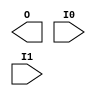
module AND2 (O, I0, I1) /* synthesis syn_black_box xc_alias="AND"*/;
    output   O;
    input    I0, I1;
endmodule
module AND3 (O, I0, I1, I2) /* synthesis syn_black_box xc_alias="AND"*/;
    output   O;
    input    I0, I1, I2;
endmodule
module AND4 (O, I0, I1, I2, I3) /* synthesis syn_black_box xc_alias="AND"*/;
    output   O;
    input    I0, I1, I2, I3;
endmodule
module AND5 (O, I0, I1, I2, I3, I4) /* synthesis syn_black_box xc_alias="AND" */;
    output   O;
    input    I0, I1, I2, I3, I4;
endmodule
module TDI(I)/*synthesis syn_black_box*/;
output I /*synthesis .ispad=1*/;
endmodule

module TCK(I)/*synthesis syn_black_box*/;
output I /*synthesis .ispad=1*/;
endmodule

module TMS(I)/*synthesis syn_black_box*/;
output I /*synthesis .ispad=1*/;
endmodule

module TDO(O) /*synthesis syn_black_box .noprune=1 */;
input  O /*synthesis .ispad=1*/;
endmodule

//
// Note: Port directions are compatable with an M1.5 patch
// available from Xilinx.
//
module MD0(I)/* synthesis syn_black_box .noprune=1 */;
output I /* synthesis .ispad=1  */;
endmodule

module MD2(I)/* synthesis syn_black_box .noprune=1 */;
output I /* synthesis .ispad=1  */;
endmodule

module MD1(O)/* synthesis syn_black_box .noprune=1 */;
input O /* synthesis  .ispad=1 */;
endmodule

module BSCAN(DRCK, IDLE, SEL1, SEL2, TDO, TCK, TDI, TDO1, TDO2, TMS) /* synthesis syn_black_box */;
  output  DRCK, IDLE, SEL1, SEL2, TDO;
  input TCK, TDI, TDO1, TDO2, TMS;
endmodule
module BUFF (O, I) /* synthesis syn_black_box xc_alias="BUF"*/;
    output   O;
    input    I;
endmodule
/* for 4000X family only */
module BUFGE(O, I) /* synthesis syn_black_box */;
    output O;
    input I;
endmodule
module BUFGLS (O, I) /* synthesis syn_black_box */;
    output   O;
    input    I ;
endmodule
module BUFG (O, I) /* synthesis syn_black_box */;
    output   O;
    input    I ;
endmodule
module BUFG_F (O, I);
    output   O;
    input    I ;

      BUFG b(O,I) /* synthesis xc_props = "FAST" */;
endmodule
module BUFGP (O, I) /* synthesis syn_black_box */;
    output   O;
    input    I ;
endmodule
module BUFGP_F (O, I);
    output   O;
    input    I ;
      BUFGP b(O,I) /* synthesis xc_props = "FAST" */;
endmodule
module BUFGS (O, I) /* synthesis syn_black_box */;
    output   O;
    input    I ;
endmodule
module BUFGS_F (O, I);
    output   O;
    input    I; 
      BUFGS b(O, I) /* synthesis xc_props = "FAST" */;
endmodule
module BUFT (O, I, T) /* synthesis syn_black_box xc_alias="TBUF"*/;
    output   O /* synthesis syn_tristate=1 */;
    input    I, T;
assign O = ~T ? I : 'bz;
endmodule
module CY4 (COUT, COUT0, A0, A1, ADD, B0, B1, C0, C1, C2, C3, C4, C5, C6, C7, CIN ) /* synthesis syn_black_box */;
    output   COUT, COUT0;
    input    A0, A1, ADD, B0, B1, C0, C1, C2, C3, C4, C5, C6, C7, CIN;
    // default unconnected input pins to 0
endmodule
module CY4_01 (C0, C1, C2, C3, C4, C5, C6, C7) /* synthesis syn_black_box .noprune=1 */;
    output   C0, C1, C2, C3, C4, C5, C6, C7;
endmodule
module CY4_02 (C0, C1, C2, C3, C4, C5, C6, C7) /* synthesis syn_black_box .noprune=1 */;
    output   C0, C1, C2, C3, C4, C5, C6, C7;
endmodule
module CY4_03 (C0, C1, C2, C3, C4, C5, C6, C7) /* synthesis syn_black_box .noprune=1 */;
    output   C0, C1, C2, C3, C4, C5, C6, C7;
endmodule
module CY4_04 (C0, C1, C2, C3, C4, C5, C6, C7) /* synthesis syn_black_box .noprune=1 */;
    output   C0, C1, C2, C3, C4, C5, C6, C7;
endmodule
module CY4_05 (C0, C1, C2, C3, C4, C5, C6, C7) /* synthesis syn_black_box .noprune=1 */;
    output   C0, C1, C2, C3, C4, C5, C6, C7;
endmodule
module CY4_06 (C0, C1, C2, C3, C4, C5, C6, C7) /* synthesis syn_black_box .noprune=1 */;
    output   C0, C1, C2, C3, C4, C5, C6, C7;
endmodule
module CY4_07 (C0, C1, C2, C3, C4, C5, C6, C7) /* synthesis syn_black_box .noprune=1 */;
    output   C0, C1, C2, C3, C4, C5, C6, C7;
endmodule
module CY4_08 (C0, C1, C2, C3, C4, C5, C6, C7) /* synthesis syn_black_box .noprune=1 */;
    output   C0, C1, C2, C3, C4, C5, C6, C7;
endmodule
module CY4_09 (C0, C1, C2, C3, C4, C5, C6, C7) /* synthesis syn_black_box .noprune=1 */;
    output   C0, C1, C2, C3, C4, C5, C6, C7;
endmodule
module CY4_10 (C0, C1, C2, C3, C4, C5, C6, C7) /* synthesis syn_black_box .noprune=1 */;
    output   C0, C1, C2, C3, C4, C5, C6, C7;
endmodule
module CY4_11 (C0, C1, C2, C3, C4, C5, C6, C7) /* synthesis syn_black_box .noprune=1 */;
    output   C0, C1, C2, C3, C4, C5, C6, C7;
endmodule
module CY4_12 (C0, C1, C2, C3, C4, C5, C6, C7) /* synthesis syn_black_box .noprune=1 */;
    output   C0, C1, C2, C3, C4, C5, C6, C7;
endmodule
module CY4_13 (C0, C1, C2, C3, C4, C5, C6, C7) /* synthesis syn_black_box .noprune=1 */;
    output   C0, C1, C2, C3, C4, C5, C6, C7;
endmodule
module CY4_14 (C0, C1, C2, C3, C4, C5, C6, C7) /* synthesis syn_black_box .noprune=1 */;
    output   C0, C1, C2, C3, C4, C5, C6, C7;
endmodule
module CY4_15 (C0, C1, C2, C3, C4, C5, C6, C7) /* synthesis syn_black_box .noprune=1 */;
    output   C0, C1, C2, C3, C4, C5, C6, C7;
endmodule
module CY4_16 (C0, C1, C2, C3, C4, C5, C6, C7) /* synthesis syn_black_box .noprune=1 */;
    output   C0, C1, C2, C3, C4, C5, C6, C7;
endmodule
module CY4_17 (C0, C1, C2, C3, C4, C5, C6, C7) /* synthesis syn_black_box .noprune=1 */;
    output   C0, C1, C2, C3, C4, C5, C6, C7;
endmodule
module CY4_18 (C0, C1, C2, C3, C4, C5, C6, C7) /* synthesis syn_black_box .noprune=1 */;
    output   C0, C1, C2, C3, C4, C5, C6, C7;
endmodule
module CY4_19 (C0, C1, C2, C3, C4, C5, C6, C7) /* synthesis syn_black_box .noprune=1 */;
    output   C0, C1, C2, C3, C4, C5, C6, C7;
endmodule
module CY4_20 (C0, C1, C2, C3, C4, C5, C6, C7) /* synthesis syn_black_box .noprune=1 */;
    output   C0, C1, C2, C3, C4, C5, C6, C7;
endmodule
module CY4_21 (C0, C1, C2, C3, C4, C5, C6, C7) /* synthesis syn_black_box .noprune=1 */;
    output   C0, C1, C2, C3, C4, C5, C6, C7;
endmodule
module CY4_22 (C0, C1, C2, C3, C4, C5, C6, C7) /* synthesis syn_black_box .noprune=1 */;
    output   C0, C1, C2, C3, C4, C5, C6, C7;
endmodule
module CY4_23 (C0, C1, C2, C3, C4, C5, C6, C7) /* synthesis syn_black_box .noprune=1 */;
    output   C0, C1, C2, C3, C4, C5, C6, C7;
endmodule
module CY4_24 (C0, C1, C2, C3, C4, C5, C6, C7) /* synthesis syn_black_box .noprune=1 */;
    output   C0, C1, C2, C3, C4, C5, C6, C7;
endmodule
module CY4_25 (C0, C1, C2, C3, C4, C5, C6, C7) /* synthesis syn_black_box .noprune=1 */;
    output   C0, C1, C2, C3, C4, C5, C6, C7;
endmodule
module CY4_26 (C0, C1, C2, C3, C4, C5, C6, C7) /* synthesis syn_black_box .noprune=1 */;
    output   C0, C1, C2, C3, C4, C5, C6, C7;
endmodule
module CY4_27 (C0, C1, C2, C3, C4, C5, C6, C7) /* synthesis syn_black_box .noprune=1 */;
    output   C0, C1, C2, C3, C4, C5, C6, C7;
endmodule
module CY4_28 (C0, C1, C2, C3, C4, C5, C6, C7) /* synthesis syn_black_box .noprune=1 */;
    output   C0, C1, C2, C3, C4, C5, C6, C7;
endmodule
module CY4_29 (C0, C1, C2, C3, C4, C5, C6, C7) /* synthesis syn_black_box .noprune=1 */;
    output   C0, C1, C2, C3, C4, C5, C6, C7;
endmodule
module CY4_30 (C0, C1, C2, C3, C4, C5, C6, C7) /* synthesis syn_black_box .noprune=1 */;
    output   C0, C1, C2, C3, C4, C5, C6, C7;
endmodule
module CY4_31 (C0, C1, C2, C3, C4, C5, C6, C7) /* synthesis syn_black_box .noprune=1 */;
    output   C0, C1, C2, C3, C4, C5, C6, C7;
endmodule
module CY4_32 (C0, C1, C2, C3, C4, C5, C6, C7) /* synthesis syn_black_box .noprune=1 */;
    output   C0, C1, C2, C3, C4, C5, C6, C7;
endmodule
module CY4_33 (C0, C1, C2, C3, C4, C5, C6, C7) /* synthesis syn_black_box .noprune=1 */;
    output   C0, C1, C2, C3, C4, C5, C6, C7;
endmodule
module CY4_34 (C0, C1, C2, C3, C4, C5, C6, C7) /* synthesis syn_black_box .noprune=1 */;
    output   C0, C1, C2, C3, C4, C5, C6, C7;
endmodule
module CY4_35 (C0, C1, C2, C3, C4, C5, C6, C7) /* synthesis syn_black_box .noprune=1 */;
    output   C0, C1, C2, C3, C4, C5, C6, C7;
endmodule
module CY4_36 (C0, C1, C2, C3, C4, C5, C6, C7) /* synthesis syn_black_box .noprune=1 */;
    output   C0, C1, C2, C3, C4, C5, C6, C7;
endmodule
module CY4_37 (C0, C1, C2, C3, C4, C5, C6, C7) /* synthesis syn_black_box .noprune=1 */;
    output   C0, C1, C2, C3, C4, C5, C6, C7;
endmodule
module CY4_38 (C0, C1, C2, C3, C4, C5, C6, C7) /* synthesis syn_black_box .noprune=1 */;
    output   C0, C1, C2, C3, C4, C5, C6, C7;
endmodule
module CY4_39 (C0, C1, C2, C3, C4, C5, C6, C7) /* synthesis syn_black_box .noprune=1 */;
    output   C0, C1, C2, C3, C4, C5, C6, C7;
endmodule
module CY4_40 (C0, C1, C2, C3, C4, C5, C6, C7) /* synthesis syn_black_box .noprune=1 */;
    output   C0, C1, C2, C3, C4, C5, C6, C7;
endmodule
module CY4_41 (C0, C1, C2, C3, C4, C5, C6, C7) /* synthesis syn_black_box .noprune=1 */;
    output   C0, C1, C2, C3, C4, C5, C6, C7;
endmodule
module CY4_42 (C0, C1, C2, C3, C4, C5, C6, C7) /* synthesis syn_black_box .noprune=1 */;
    output   C0, C1, C2, C3, C4, C5, C6, C7;
endmodule
module FDCE (Q, C, CE, CLR, D) /* synthesis syn_black_box */;
    output   Q;
    input    C, CE, CLR, D;
endmodule
module FDC (Q, C, CLR, D);
    output   Q;
    input    C, CLR, D;
      FDCE f1(Q, C, 1'b1, CLR, D);
endmodule
module FDCE_INT (Q, C, CE, CLR, D);
    output   Q;
    input    C, CE, CLR, D;
      FDCE f1(Q, C, CE, CLR, D);
endmodule
module FDPE (Q, C, CE, D, PRE) /* synthesis syn_black_box */;
    output   Q;
    input    C, CE, D, PRE;
endmodule
module FDP (Q, C, D, PRE);
    output   Q;
    input    C, D, PRE;
      FDPE f1(Q, C, 1'b1, D, PRE);
endmodule
module FDPE_INT (Q, C, CE, D, PRE);
    output   Q;
    input    C, CE, D, PRE;
      FDPE f1(Q, C, CE, D, PRE);
endmodule
module FMAP (I1, I2, I3, I4, O) /* synthesis syn_black_box */;
    input    I1, I2, I3, I4;
    output   O;
endmodule
module FMAP_PUC (I1, I2, I3, I4, O) /* synthesis syn_black_box xc_alias="FMAP" xc_props="MAP=PUC"*/;
    input    I1, I2, I3, I4;
    output   O;
endmodule
module FMAP_PLC (I1, I2, I3, I4, O) /* synthesis syn_black_box xc_alias="FMAP" xc_props="MAP=PLC"*/;
    input    I1, I2, I3, I4;
    output   O;
endmodule
module FMAP_PUO (I1, I2, I3, I4, O) /* synthesis syn_black_box xc_alias="FMAP" xc_props="MAP=PUO"*/;
    input    I1, I2, I3, I4;
    output   O;
endmodule
module FMAP_PLO (I1, I2, I3, I4, O) /* synthesis syn_black_box xc_alias="FMAP" xc_props="MAP=PLO"*/;
    input    I1, I2, I3, I4;
    output   O;
endmodule
module HMAP (I1, I2, I3, O) /* synthesis syn_black_box */;
    input    I1, I2, I3;
    output  O;
endmodule
module HMAP_PUC (I1, I2, I3, O) /* synthesis syn_black_box xc_alias="HMAP" xc_props="MAP=PUC"*/;
    input    I1, I2, I3;
    output  O;
endmodule
module IBUF (O, I) /* synthesis syn_black_box */; 
      output   O;
      input    I /* synthesis .ispad=1 */;
endmodule
module IBUF_U (O, I) /* synthesis syn_black_box xc_alias="IBUF" xc_props="UNBONDED"*/; 
      output   O;
      input    I /* synthesis .ispad=1 */;
endmodule
module IBUF_CMOS (O, I) /* synthesis syn_black_box xc_alias="IBUF" xc_props="CMOS"*/; 
      output   O;
      input    I /* synthesis .ispad=1 */;
endmodule
module IBUF_TTL (O, I) /* synthesis syn_black_box xc_alias="IBUF" xc_props="TTL"*/; 
      output   O;
      input    I /* synthesis .ispad=1 */;
endmodule
module IFD (Q, C, D)    /* synthesis xc_padmacro=1 */;
    output   Q;
    input    C;
    input    D /* synthesis .ispad=1 */;
      IFDX if1(Q, C, 1'b1, D);
endmodule
module IFD_F (Q, C, D)  /* synthesis xc_padmacro=1 */;
    output   Q;
    input    C;
    input    D /* synthesis .ispad=1 */;
      IFDX if1(Q, C, 1'b1, D) /* synthesis xc_props = "NODELAY" */;
endmodule
module IFD_U (Q, C, D) /* synthesis xc_padmacro=1 xc_props="UNBONDED" */;
    output   Q;
    input    C;
    input    D /* synthesis .ispad=1 */;
      IFDX if1(Q, C, 1'b1, D);
endmodule
module IFD_INT (Q, C, D)      /* synthesis xc_padmacro=1 */;
    output   Q;
    input    C;
    input D /* synthesis .ispad=1 */;
      IFDX if1(Q, C, 1'b1, D);
endmodule
module IFDI (Q, C, D)   /* synthesis xc_padmacro=1 */;
    output   Q;
    input    C;
    input D /* synthesis .ispad=1 */;
      IFDXI ifi1(Q, C, 1'b1, D);
endmodule
module IFDI_F (Q, C, D) /* synthesis xc_padmacro=1 */;
    output   Q;
    input    C;
    input D /* synthesis .ispad=1 */;
      IFDXI ifi1(Q, C, 1'b1, D) /* synthesis xc_props="NODELAY"*/;
endmodule
module IFDI_U (Q, C, D) /* synthesis xc_padmacro=1 xc_props="UNBONDED"*/;
    output   Q;
    input    C;
    input D /* synthesis .ispad=1 */;
      IFDXI ifi1(Q, C, 1'b1, D);
endmodule
module IFDI_INT (Q, C, D)     /* synthesis xc_padmacro=1 */;
    output   Q;
    input    C;
    input   D /* synthesis .ispad=1 */;
      IFDXI ifi1(Q, C, 1'b1, D);
endmodule
module IFDX (Q, C, CE, D) /* synthesis syn_black_box */;
    output Q;
      input C;
      input CE;
      input D /* synthesis .ispad= 1 */;
endmodule
module IFDXI (Q, C, CE, D) /* synthesis syn_black_box */;
    output Q;
      input C;
      input CE;
      input D /* synthesis .ispad= 1 */;
endmodule
module ILD_1 (Q, D, G)  /* synthesis xc_padmacro=1 */;
    output   Q;
    input    G;
    input    D /* synthesis .ispad=1 */;
      ILDX_1 il1(Q, D, G, 1'b1);
endmodule
module ILD_1F (Q, D, G) /* synthesis xc_padmacro=1 xc_props="NODELAY"*/;
    output   Q;
    input    G;
    input    D /* synthesis .ispad=1 */;
      ILDX_1 il1(Q, D, G, 1'b1);
endmodule
module ILD_1U (Q, D, G) /* synthesis xc_padmacro=1 xc_props="UNBONDED"*/;
    output   Q;
    input    G;
    input    D /* synthesis .ispad=1 */;
      ILDX_1 il1(Q, D, G, 1'b1);
endmodule
module ILD_1_INT (Q, D, G)    /* synthesis xc_padmacro=1 */;
    output   Q;
    input    G;
    input    D /* synthesis .ispad=1 */;
      ILDX_1 il1(Q, D, G, 1'b1);
endmodule
module ILDI_1 (Q, D, G)       /* synthesis xc_padmacro=1 */;
    output   Q;
    input    G;
    input    D /* synthesis .ispad=1 */;
      ILDXI_1 ili1(Q, D, G, 1'b1);
endmodule
module ILDI_1F (Q, D, G) /* synthesis xc_padmacro=1 xc_props="NODELAY"*/;
    output   Q;
    input    G;
    input    D /* synthesis .ispad=1 */;
      ILDXI_1 ili1(Q, D, G, 1'b1);
endmodule
module ILDI_1U (Q, D, G) /* synthesis xc_padmacro=1 xc_props="UNBONDED"*/;
    output   Q;
    input    G;
    input    D /* synthesis .ispad=1 */;
      ILDXI_1 ili1(Q, D, G, 1'b1);
endmodule
module ILDI_1_INT (Q, D, G)   /* synthesis xc_padmacro=1 */;
    output   Q;
    input    G;
    input    D /* synthesis .ispad=1 */;
      ILDXI_1 ili1(Q, D, G, 1'b1);
endmodule
module ILDX_1 (Q, D, G, GE) /* synthesis syn_black_box */;
    output   Q;
      input    G;
      input    GE;
      input    D /* synthesis .ispad=1 */;
endmodule
module ILDXI_1 (Q, D, G, GE) /* synthesis syn_black_box */;
    output   Q;
      input    G;
      input    GE;
      input    D /* synthesis .ispad=1 */;
endmodule
// For Spartan-xl and 4000X only
module ILFFX (Q, D, GF, CE, C) /* synthesis syn_black_box */;
    output   Q;
    input    D /* synthesis .ispad = 1 */;
    input   GF;
    input   CE;
    input    C;
endmodule
// For Spartan-xl and 4000X only
module ILFFXI (Q, D, GF, CE, C) /* synthesis syn_black_box */;
    output   Q;
    input    D /* synthesis .ispad = 1 */;
    input   GF;
    input   CE;
    input    C;
endmodule
// For Spartan-xl and 4000X only
module ILFLX_1 (Q, D, GF, GE, G) /* synthesis syn_black_box */;
    output   Q;
    input    D /* synthesis .ispad = 1 */;
    input   GF;
    input   GE;
    input    G;
endmodule
// For Spartan-xl and 4000X only
module ILFLXI_1 (Q, D, GF, GE, G) /* synthesis syn_black_box */;
    output   Q;
    input    D /* synthesis .ispad = 1 */;
    input   GF;
    input   GE;
    input    G;
endmodule
// For Spartan-xl and 4000X only
module ILFLX (Q, D, GF, GE, G) /* synthesis xc_padmacro=1 */;
    output   Q;
    input    D /* synthesis .ispad = 1 */;
    input   GF;
    input   GE;
    input    G;
        ILFLX_1 ilflx1(.Q(Q), .D(D), .GF(GF), .GE(GE), .G(~G));
endmodule
module LDCE_1 (Q, CLR, D, G, GE) /* synthesis syn_black_box */;
    output Q;
    input CLR;
    input D;
    input G;
    input GE;
endmodule
module INV (O, I) /* synthesis syn_black_box */;
    output   O;
    input    I;
endmodule
module NAND2 (O, I0, I1) /* synthesis syn_black_box xc_alias="NAND" */;
    output   O;
    input    I0, I1;
endmodule
module NAND3 (O, I0, I1, I2) /* synthesis syn_black_box xc_alias="NAND" */;
    output   O;
    input    I0, I1, I2;
endmodule
module NAND4 (O, I0, I1, I2, I3) /* synthesis syn_black_box xc_alias="NAND"*/;
    output   O;
    input    I0, I1, I2, I3;
endmodule
module NAND5 (O, I0, I1, I2, I3, I4) /* synthesis syn_black_box xc_alias="NAND"*/;
    output   O;
    input    I0, I1, I2, I3, I4;
endmodule
module NOR2 (O, I0, I1) /* synthesis syn_black_box xc_alias="NOR"*/;
    output   O;
    input    I0, I1;
endmodule
module NOR3 (O, I0, I1, I2) /* synthesis syn_black_box xc_alias="NOR" */;
    output   O;
    input    I0, I1, I2;
endmodule
module NOR4 (O, I0, I1, I2, I3) /* synthesis syn_black_box xc_alias="NOR" */;
    output   O;
    input    I0, I1, I2, I3;
endmodule
module NOR5 (O, I0, I1, I2, I3, I4) /* synthesis syn_black_box xc_alias="NOR"*/;
    output   O;
    input    I0, I1, I2, I3, I4;
endmodule
module OBUF (O, I) /* synthesis syn_black_box */;
    output   O /* synthesis .ispad=1 */;
    input    I;
endmodule
module OBUF_F (O, I) /* synthesis syn_black_box xc_alias="OBUF" xc_props="FAST"*/;
    output   O /* synthesis .ispad=1 */;
    input    I;
endmodule
module OBUF_S (O, I) /* synthesis syn_black_box xc_alias="OBUF" xc_props="SLOW"*/;
    output   O /* synthesis .ispad=1 */;
    input    I;
endmodule
module OBUF_U (O, I) /* synthesis syn_black_box xc_alias="OBUF" xc_props="UNBONDED"*/;
    output   O /* synthesis .ispad=1 */;
    input    I;
endmodule
module OBUF_MF (O, I) /* synthesis syn_black_box xc_alias="OBUF" xc_props="MEDFAST"*/;
    output   O /* synthesis .ispad=1 */;
    input    I;
endmodule
module OBUF_MS (O, I) /* synthesis syn_black_box xc_alias="OBUF" xc_props="MEDSLOW"*/;
    output   O /* synthesis .ispad=1 */;
    input    I;
endmodule
module OBUF_CMOSCAP (O, I) /* synthesis syn_black_box xc_alias="OBUF" xc_props="CMOS, CAP"*/;
    output   O /* synthesis .ispad=1 */;
    input    I;
endmodule
module OBUF_CMOSRES (O, I) /* synthesis syn_black_box xc_alias="OBUF" xc_props="CMOS, RES"*/;
    output   O /* synthesis .ispad=1 */;
    input    I;
endmodule
module OBUF_TTLCAP (O, I) /* synthesis syn_black_box xc_alias="OBUF" xc_props="TTL, CAP"*/;
    output   O /* synthesis .ispad=1 */;
    input    I;
endmodule
module OBUF_TTLRES (O, I) /* synthesis syn_black_box xc_alias="OBUF" xc_props="TTL, RES"*/;
    output   O /* synthesis .ispad=1 */;
    input    I;
endmodule
module OBUF_INT (O, I) /* synthesis syn_black_box xc_alias="OBUF" */;
    output   O /* synthesis .ispad=1 */;
    input    I;
endmodule
module OBUFT (O, I, T) /* synthesis syn_black_box */;
    output   O /* synthesis .ispad=1 syn_tristate=1 */;
    input    I, T;
endmodule
module OBUFT_F (O, I, T) /* synthesis syn_black_box xc_alias="OBUFT" xc_props="FAST"*/;
    output   O /* synthesis .ispad=1 syn_tristate=1 */;
    input    I, T;
endmodule
module IOBUF_N_F (O, IO, I, T);
    output O;
    inout IO /* synthesis .ispad=1 */;
    input I,T;

    OBUFT_F i0 (IO, I, T);
    IBUF i1 (O, IO);
endmodule
module OBUFT_S (O, I, T) /* synthesis syn_black_box xc_alias="OBUFT" xc_props="SLOW"*/;
    output   O /* synthesis .ispad=1 syn_tristate=1 */;
    input    I, T;
endmodule
module IOBUF (O, IO, I, T);
    output O;
    inout IO /* synthesis .ispad=1 */;
    input I,T;

    OBUFT_S i0 (IO, I, T);
    IBUF i1 (O, IO);
endmodule
module IOBUF_N_S (O, IO, I, T);
    output O;
    inout IO /* synthesis .ispad=1 */;
    input I,T;

    OBUFT_S i0 (IO, I, T);
    IBUF i1 (O, IO);
endmodule
module OBUFT_U (O, I, T) /* synthesis syn_black_box xc_alias="OBUFT" xc_props="UNBONDED"*/;
    output   O /* synthesis .ispad=1 syn_tristate=1 */;
    input    I, T;
endmodule
module OBUFT_MF (O, I, T) /* synthesis syn_black_box xc_alias="OBUFT" xc_props="MEDFAST"*/;
    output   O /* synthesis .ispad=1 syn_tristate=1 */;
    input    I, T;
endmodule
module IOBUF_N_MF (O, IO, I, T);
    output O;
    inout IO /* synthesis .ispad=1 */;
    input I,T;

    OBUFT_MF i0 (IO, I, T);
    IBUF i1 (O, IO);
endmodule
module OBUFT_MS  (O, I, T) /* synthesis syn_black_box xc_alias="OBUFT" xc_props="MEDSLOW"*/;
    output   O /* synthesis .ispad=1 syn_tristate=1 */;
    input    I, T;
endmodule
module IOBUF_N_MS (O, IO, I, T);
    output O;
    inout IO /* synthesis .ispad=1 */;
    input I,T;

    OBUFT_MS i0 (IO, I, T);
    IBUF i1 (O, IO);
endmodule
module OBUFT_CMOSCAP (O, I, T) /* synthesis syn_black_box xc_alias="OBUFT" xc_props="CMOS, CAP"*/;
    output   O /* synthesis .ispad=1 syn_tristate=1 */;
    input    I, T;
endmodule
module IOBUF_CMOS_CMOSCAP (O, IO, I, T);
    output O;
    inout IO /* synthesis .ispad=1 */;
    input I,T;

    OBUFT_CMOSCAP i0 (IO, I, T);
    IBUF_CMOS i1 (O, IO);
endmodule
module OBUFT_CMOSRES (O, I, T) /* synthesis syn_black_box xc_alias="OBUFT" xc_props="CMOS, RES"*/;
    output   O /* synthesis .ispad=1 syn_tristate=1 */;
    input    I, T;
endmodule
module IOBUF_CMOS_CMOSRES (O, IO, I, T);
    output O;
    inout IO /* synthesis .ispad=1 */;
    input I,T;

    OBUFT_CMOSRES i0 (IO, I, T);
    IBUF_CMOS i1 (O, IO);
endmodule
module OBUFT_TTLCAP (O, I, T) /* synthesis syn_black_box xc_alias="OBUFT" xc_props="TTL, CAP"*/;
    output   O /* synthesis .ispad=1 syn_tristate=1 */;
    input    I, T;
endmodule
module IOBUF_TTL_TTLCAP (O, IO, I, T);
    output O;
    inout IO /* synthesis .ispad=1 */;
    input I,T;

    OBUFT_TTLCAP i0 (IO, I, T);
    IBUF_TTL i1 (O, IO);
endmodule
module IOBUF_TTL_CMOSCAP (O, IO, I, T);
    output O;
    inout IO /* synthesis .ispad=1 */;
    input I,T;

    OBUFT_CMOSCAP i0 (IO, I, T);
    IBUF_TTL i1 (O, IO);
endmodule
module OBUFT_TTLRES (O, I, T) /* synthesis syn_black_box xc_alias="OBUFT" xc_props="TTL, RES"*/;
    output   O /* synthesis .ispad=1 syn_tristate=1 */;
    input    I, T;
endmodule
module IOBUF_TTL_TTLRES (O, IO, I, T);
    output O;
    inout IO /* synthesis .ispad=1 */;
    input I,T;

    OBUFT_TTLRES i0 (IO, I, T);
    IBUF_TTL i1 (O, IO);
endmodule
module IOBUF_TTL_CMOSRES (O, IO, I, T);
    output O;
    inout IO /* synthesis .ispad=1 */;
    input I,T;

    OBUFT_CMOSRES i0 (IO, I, T);
    IBUF_TTL i1 (O, IO);
endmodule
module OBUFT_INT (O, I, T) /* synthesis syn_black_box xc_alias="OBUFT" */;
    output   O /* synthesis .ispad=1 syn_tristate=1 */;
    input    I, T;
endmodule
module OFD (Q, C, D)    /* synthesis xc_padmacro=1 */;
    output   Q /* synthesis .ispad=1 */;
    input    C, D;
      OFDX of1(Q, C, 1'b1, D);
endmodule
module OFD_F (Q, C, D)  /* synthesis xc_padmacro=1 */;
    output   Q /* synthesis .ispad=1 */;
    input    C, D;
      OFDX of1(Q, C, 1'b1, D) /* synthesis xc_props="FAST"*/;
endmodule
module OFD_FU (Q, C, D) /* synthesis xc_padmacro=1 */;
    output   Q /* synthesis .ispad=1 */;
    input    C, D;
      OFDX of1(Q, C, 1'b1, D) /* synthesis xc_props="FAST, UNBONDED"*/;
endmodule
module OFD_S (Q, C, D)  /* synthesis xc_padmacro=1 */;
    output   Q /* synthesis .ispad=1 */;
    input    C, D;
      OFDX of1(Q, C, 1'b1, D) /* synthesis xc_props="SLOW"*/;
endmodule
module OFD_U (Q, C, D)  /* synthesis xc_padmacro=1 */;
    output   Q /* synthesis .ispad=1 */;
    input    C, D;
      OFDX of1(Q, C, 1'b1, D) /* synthesis xc_props="UNBONDED"*/;
endmodule
module OFD_MF (Q, C, D) /* synthesis xc_padmacro=1 */;
    output   Q /* synthesis .ispad=1 */;
    input    C, D;
      OFDX of1(Q, C, 1'b1, D) /* synthesis xc_props="MEDFAST"*/;
endmodule
module OFD_MS (Q, C, D) /* synthesis xc_padmacro=1 */;
    output   Q /* synthesis .ispad=1 */;
    input    C, D;
      OFDX of1(Q, C, 1'b1, D) /* synthesis xc_props="MEDSLOW"*/;
endmodule
module OFD_INT (Q, C, D)      /* synthesis xc_padmacro=1 */;
    output   Q /* synthesis .ispad=1 */;
    input    C, D;
      OFDX of1(Q, C, 1'b1, D);
endmodule
module OFDI (Q, C, D)   /* synthesis xc_padmacro=1 */;
    output   Q /* synthesis .ispad=1 */;
    input    C, D;
      OFDXI ofi1(Q, C, 1'b1, D);
endmodule
module OFDI_F (Q, C, D) /* synthesis xc_padmacro=1 */;
    output   Q /* synthesis .ispad=1 */;
    input    C, D;
      OFDXI ofi1(Q, C, 1'b1, D) /* synthesis xc_props="FAST"*/;
endmodule
module OFDI_S (Q, C, D) /* synthesis xc_padmacro=1 */;
    output   Q /* synthesis .ispad=1 */;
    input    C, D;
      OFDXI ofi1(Q, C, 1'b1, D) /* synthesis xc_props="SLOW"*/;
endmodule
module OFDI_MF (Q, C, D)      /* synthesis xc_padmacro=1 */;
    output   Q /* synthesis .ispad=1 */;
    input    C, D;
      OFDXI ofi1(Q, C, 1'b1, D) /* synthesis xc_props="MEDFAST"*/;
endmodule
module OFDI_MS (Q, C, D)      /* synthesis xc_padmacro=1 */;
    output   Q /* synthesis .ispad=1 */;
    input    C, D;
      OFDXI ofi1(Q, C, 1'b1, D) /* synthesis xc_props="MEDSLOW"*/;
endmodule
module OFDI_U (Q, C, D) /* synthesis xc_padmacro=1 */;
    output   Q /* synthesis .ispad=1 */;
    input    C, D;
      OFDXI ofi1(Q, C, 1'b1, D) /* synthesis xc_props="UNBONDED"*/;
endmodule
module OFDI_INT (Q, C, D)     /* synthesis xc_padmacro=1 */;
    output   Q /* synthesis .ispad=1 */;
    input    C, D;
      OFDXI ofi1(Q, C, 1'b1, D);
endmodule
module OFDT (O, C, D, T)      /* synthesis xc_padmacro=1 */;
    output   O /* synthesis .ispad=1 */;
    input    C, D, T;
      OFDTX oft1(O, C, 1'b1, D, T);
endmodule
module OFDT_F (O, C, D, T)    /* synthesis xc_padmacro=1 */;
    output   O /* synthesis .ispad=1 */;
    input    C, D, T;
      OFDTX oft1(O, C, 1'b1, D, T) /* synthesis xc_props="FAST"*/;
endmodule
module OFDT_S (O, C, D, T)    /* synthesis xc_padmacro=1 */;
    output   O /* synthesis .ispad=1 */;
    input    C, D, T;
      OFDTX oft1(O, C, 1'b1, D, T) /* synthesis xc_props="SLOW"*/;
endmodule
module OFDT_MF (O, C, D, T)   /* synthesis xc_padmacro=1 */;
    output   O /* synthesis .ispad=1 */;
    input    C, D, T;
      OFDTX oft1(O, C, 1'b1, D, T) /* synthesis xc_props="MEDFAST"*/;
endmodule
module OFDT_MS (O, C, D, T)   /* synthesis xc_padmacro=1 */;
    output   O /* synthesis .ispad=1 */;
    input    C, D, T;
      OFDTX oft1(O, C, 1'b1, D, T) /* synthesis xc_props="MEDSLOW"*/;
endmodule
module OFDT_U (O, C, D, T)    /* synthesis xc_padmacro=1 */;
    output   O /* synthesis .ispad=1 */;
    input    C, D, T;
      OFDTX oft1(O, C, 1'b1, D, T) /* synthesis xc_props="UNBONDED"*/;
endmodule
module OFDT_INT (O, C, D, T)  /* synthesis xc_padmacro=1 */;
    output   O /* synthesis .ispad=1 */;
    input    C, D, T;
      OFDTX oft1(O, C, 1'b1, D, T);
endmodule
module OFDTI (O, C, D, T)     /* synthesis xc_padmacro=1 */;
    output   O /* synthesis .ispad=1 */;
    input    C, D, T;
      OFDTXI ofti1(O, C, 1'b1, D, T);
endmodule
module OFDTI_F (O, C, D, T)   /* synthesis xc_padmacro=1 */;
    output   O /* synthesis .ispad=1 */;
    input    C, D, T;
      OFDTXI ofti1(O, C, 1'b1, D, T) /* synthesis xc_props="FAST"*/;
endmodule
module OFDTI_S (O, C, D, T)   /* synthesis xc_padmacro=1 */;
    output   O /* synthesis .ispad=1 */;
    input    C, D, T;
      OFDTXI ofti1(O, C, 1'b1, D, T)/* synthesis xc_props="SLOW"*/;
endmodule
module OFDTI_U (O, C, D, T)   /* synthesis xc_padmacro=1 */;
    output   O /* synthesis .ispad=1 */;
    input    C, D, T;
      OFDTXI ofti1(O, C, 1'b1, D, T) /* synthesis xc_props="UNBONDED"*/;
endmodule
module OFDTI_MF (O, C, D, T)  /* synthesis xc_padmacro=1 */;
    output   O /* synthesis .ispad=1 */;
    input    C, D, T;
      OFDTXI ofti1(O, C, 1'b1, D, T) /* synthesis xc_props="MEDFAST"*/;
endmodule
module OFDTI_MS (O, C, D, T)  /* synthesis xc_padmacro=1 */;
    output   O /* synthesis .ispad=1 */;
    input    C, D, T;
      OFDTXI ofti1(O, C, 1'b1, D, T)  /* synthesis xc_props="MEDSLOW"*/;
endmodule
module OFDTI_INT (O, C, D, T) /* synthesis xc_padmacro=1 */;
    output   O /* synthesis .ispad=1 */;
    input    C, D, T;
      OFDTXI ofti1(O, C, 1'b1, D, T);
endmodule
module OFDTX (O, C, CE, D, T) /* synthesis syn_black_box */;
    output   O /* synthesis .ispad=1 syn_tristate=1 */;
    input    C, CE, D, T;
endmodule
module OFDTXI (O, C, CE, D, T) /* synthesis syn_black_box */;
    output   O /* synthesis .ispad=1 syn_tristate=1 */;
    input    C, CE, D, T;
endmodule
module OFDX ( Q, C, CE, D) /* synthesis syn_black_box */;
    output   Q /* synthesis .ispad=1 */;
      input    C;
      input    CE;
      input    D;
endmodule
module OFDXI ( Q, C, CE, D) /* synthesis syn_black_box */;
    output   Q /* synthesis .ispad=1 */;
      input    C;
      input    CE;
      input    D;
endmodule
module OR2 (O, I0, I1) /* synthesis syn_black_box xc_alias="OR"*/;
    output   O;
    input    I0, I1;
endmodule
module OR3 (O, I0, I1, I2) /* synthesis syn_black_box xc_alias="OR" */;
    output   O;
    input    I0, I1, I2;
endmodule
module OR4 (O, I0, I1, I2, I3) /* synthesis syn_black_box xc_alias="OR" */;
    output   O;
    input    I0, I1, I2, I3;
endmodule
module OR5 (O, I0, I1, I2, I3, I4) /* synthesis syn_black_box xc_alias="OR" */;
    output   O;
    input    I0, I1, I2, I3, I4;
endmodule
module OSC4 (F8M, F500K, F16K, F490, F15) /* synthesis syn_black_box .noprune=1 */;
  output     F8M, F500K, F16K, F490, F15;
endmodule
module PULLDOWN(O) /* synthesis syn_black_box .noprune=1 */;
output O /* synthesis syn_not_a_driver=1 */;
endmodule
module PULLDOWN1 (O) /* synthesis .noprune=1 */;
output O;
 PULLDOWN p(O);
endmodule
module PULLUP(O) /* synthesis syn_black_box .noprune=1 */;
output O /* synthesis syn_not_a_driver=1 */;
endmodule
module PULLUP1 (O) /* synthesis .noprune=1 */;
output O;
 PULLUP p(O);
endmodule
// Only applicable for XC4000E, XC4000X families
module RAM16X1 (O, A0, A1, A2, A3, D, WE) /* synthesis syn_black_box */;
  output   O;
  input    A0, A1, A2, A3, D, WE;
endmodule
// Only applicable for XC4000E, XC4000X families
module RAM32X1 (O, A0, A1, A2, A3, A4, D, WE) /* synthesis syn_black_box */;
  output   O;
  input    A0, A1, A2, A3, A4, D, WE;
endmodule
module RAM16X1D (A3,A2,A1,A0,DPRA3,DPRA2,DPRA1,DPRA0,D,DPO,SPO,WE,WCLK ); // synthesis syn_black_box xc_alias="RAMD"
input D,A3,A2,A1,A0,DPRA3,DPRA2,DPRA1,DPRA0,WE,WCLK;
output DPO,SPO;
endmodule
module RDBK(DATA, RIP, TRIG) /* synthesis syn_black_box */;
  output DATA, RIP;
  input  TRIG;
endmodule
module READBACK(DATA, RIP, CLK, TRIG)/* synthesis .noprune=1 */;
  output DATA, RIP;
  input  CLK, TRIG;
  RDBK r1(.DATA(DATA), .RIP(RIP), .TRIG(TRIG));
  RDCLK r2(.I(CLK));
endmodule
module RDCLK(I) /* synthesis syn_black_box .noprune=1 */;
  input I;
endmodule
module ROM16X1 (O, A0, A1, A2, A3) /* synthesis syn_black_box */;
  output   O;
  input    A0, A1, A2, A3;
endmodule
module ROM32X1 (O, A0, A1, A2, A3, A4) /* synthesis syn_black_box */;
  output   O;
  input    A0, A1, A2, A3, A4;
endmodule
module STARTUP_CLK (CLK, Q2, Q3, Q1Q4, DONEIN) 
/* synthesis syn_black_box .noprune=1 xc_alias="STARTUP"*/ ;
    output   Q2, Q3, Q1Q4, DONEIN;
    input  CLK;
endmodule
module STARTUP_GSR (GSR) /* synthesis syn_black_box .noprune=1 */;
    input  GSR;
endmodule
module STARTUP_GTS (GTS) /* synthesis syn_black_box .noprune=1 xc_alias="STARTUP"*/;
    input  GTS;
endmodule
module STARTUP_ALL(Q2,Q3,Q1Q4,DONEIN, GSR,GTS,CLK)
/* synthesis syn_black_box .noprune=1 xc_alias="STARTUP" */ ;
output Q2,Q3, Q1Q4, DONEIN;
input GSR /* synthesis syn_defaultvalue=0 */,
      GTS /* synthesis syn_defaultvalue=0 */,
      CLK /* synthesis syn_defaultvalue=0 */;
endmodule
module STARTUP(Q2,Q3,Q1Q4,DONEIN, GSR,GTS,CLK)
/* synthesis .noprune=1 */;
output Q2,Q3, Q1Q4, DONEIN;
input GSR /* synthesis syn_defaultvalue=0 */,
      GTS /* synthesis syn_defaultvalue=0 */,
      CLK /* synthesis syn_defaultvalue=0 */;
STARTUP_GSR gsr( GSR );
STARTUP_GTS gts( GTS );
STARTUP_CLK clk(.CLK(CLK), .Q2(Q2), .Q3(Q3), .Q1Q4(Q1Q4), .DONEIN(DONEIN));
endmodule
module WAND1 (O, I) /* synthesis syn_black_box xc_alias="WAND"*/;
  output   O /* synthesis syn_tristate=1 */;
  input    I;
endmodule
module DECODE1_IO (O, I) /* synthesis xc_props="DECODE"*/;
  inout   O;
  input    I;
  WAND1 i1 (O, I);
endmodule
module DECODE1_INT (O, I) /* synthesis xc_props="DECODE"*/;
  inout   O;
  input    I;
  WAND1 i1 (O, I);
endmodule
module DECODE4 (O, A) /* synthesis xc_props="DECODE" */;
  inout O;
  input [3:0] A;
  WAND1 i0 (O, A[0]);
  WAND1 i1 (O, A[1]);
  WAND1 i2 (O, A[2]);
  WAND1 i3 (O, A[3]);
endmodule
module DECODE8 (O, A) /* synthesis xc_props="DECODE" */;
  inout O;
  input [7:0] A;
  WAND1 i0 (O, A[0]);
  WAND1 i1 (O, A[1]);
  WAND1 i2 (O, A[2]);
  WAND1 i3 (O, A[3]);
  WAND1 i4 (O, A[4]);
  WAND1 i5 (O, A[5]);
  WAND1 i6 (O, A[6]);
  WAND1 i7 (O, A[7]);
endmodule
module DECODE16 (O, A) /* synthesis xc_props="DECODE" */;
  inout O;
  input [15:0] A;
  WAND1 i0 (O, A[0]);
  WAND1 i1 (O, A[1]);
  WAND1 i2 (O, A[2]);
  WAND1 i3 (O, A[3]);
  WAND1 i4 (O, A[4]);
  WAND1 i5 (O, A[5]);
  WAND1 i6 (O, A[6]);
  WAND1 i7 (O, A[7]);
  WAND1 i8 (O, A[8]);
  WAND1 i9 (O, A[9]);
  WAND1 i10 (O, A[10]);
  WAND1 i11 (O, A[11]);
  WAND1 i12 (O, A[12]);
  WAND1 i13 (O, A[13]);
  WAND1 i14 (O, A[14]);
  WAND1 i15 (O, A[15]);
endmodule
module WOR2AND (O, I0, I1) /* synthesis syn_black_box xc_alias="WORAND"*/;
  output   O;
  input    I0, I1;
endmodule
module XGND(GROUND) /* synthesis syn_black_box .noprune=1 xc_alias="GND"*/;
  output GROUND;
endmodule
module XNOR2 (O, I0, I1) /* synthesis syn_black_box xc_alias="XNOR"*/;
    output   O;
    input    I0, I1;
endmodule
module XNOR3 (O, I0, I1, I2) /* synthesis syn_black_box xc_alias=XNOR"*/;
    output   O;
    input    I0, I1, I2;
endmodule
module XNOR4 (O, I0, I1, I2, I3) /* synthesis syn_black_box xc_alias="XNOR"*/;
    output   O;
    input    I0, I1, I2, I3;
endmodule
module XNOR5 (O, I0, I1, I2, I3, I4) /* synthesis syn_black_box xc_alias="XNOR"*/;
    output   O;
    input    I0, I1, I2, I3, I4;
endmodule
module XOR2 (O, I0, I1) /* synthesis syn_black_box xc_alias="XOR"*/;
    output   O;
    input    I0, I1;
endmodule
module XOR3 (O, I0, I1, I2) /* synthesis syn_black_box xc_alias="XOR"*/;
    output   O;
    input    I0, I1, I2;
endmodule
module XOR4 (O, I0, I1, I2, I3) /* synthesis syn_black_box xc_alias="XOR"*/;
    output   O;
    input    I0, I1, I2, I3;
endmodule
module XOR5 (O, I0, I1, I2, I3, I4) /* synthesis syn_black_box xc_alias="XOR"*/;
    output   O;
    input    I0, I1, I2, I3, I4;
endmodule
module XVCC(POWER) /* synthesis syn_black_box .noprune=1 xc_alias="VCC"*/;
  output POWER;
endmodule
module FDP_1 (Q, C, D, PRE) ;
    output   Q;
    input    C, D, PRE;
      FDPE f1(.Q(Q), .C(~C), .CE(1'b1), .D(D), .PRE(PRE));
endmodule
module FDPE_1 (Q, C, CE, D, PRE);
    output   Q;
    input    C, CE, D, PRE;
      FDPE f1(.Q(Q), .C(~C), .CE(CE), .D(D), .PRE(PRE));
endmodule
module IFD_1 (Q, C, D)  /* synthesis xc_padmacro=1 */;
    output   Q;
    input    C;
    input    D /* synthesis .ispad=1 */;
      IFDX if1 (.Q(Q), .C(~C), .CE(1'b1), .D(D));
endmodule
module IFDX_F (Q, C, D, CE)   /* synthesis xc_padmacro=1 */;
    output   Q;
    input    C, CE;
    input    D /* synthesis .ispad=1 */;
      IFDX if1 (.Q(Q), .C(C), .CE(CE), .D(D)) /* synthesis xc_props="NODELAY"*/;
endmodule
module IFDX_1 (Q, C, D, CE)   /* synthesis xc_padmacro=1 */;
    output   Q;
    input    C, CE;
    input    D /* synthesis .ispad=1 */;
      IFDX if1 (.Q(Q), .C(~C), .CE(CE), .D(D));
endmodule
module IFDXI_F (Q, CE, C, D)  /* synthesis xc_padmacro=1 */;
    output   Q;
    input    C, CE;
    input D /* synthesis .ispad=1 */;
      IFDXI ifi1 (.Q(Q), .C(C), .CE(CE), .D(D)) /* synthesis xc_props="NODELAY"*/;
endmodule
module IFDXI_1 (Q, CE, C, D)  /* synthesis xc_padmacro=1 */;
    output   Q;
    input    C, CE;
    input D /* synthesis .ispad=1 */;
      IFDXI ifi1 (.Q(Q), .C(~C), .CE(CE), .D(D));
endmodule
module ILD (Q, D, G)    /* synthesis xc_padmacro=1 */;
    output   Q;
    input    G;
    input    D /* synthesis .ispad=1 */;
      ILDX_1 il1( .Q(Q), .D(D), .G(~G), .GE(1'b1) );
endmodule
module ILDX (Q, D, GE, G)     /* synthesis xc_padmacro=1 */;
    output   Q;
    input    G, GE;
    input    D /* synthesis .ispad=1 */;
      ILDX_1 il1( .Q(Q), .D(D), .G(~G), .GE(GE) );
endmodule
module ILDXI (Q, D, GE, G)    /* synthesis xc_padmacro=1 */;
    output   Q;
    input    G, GE;
    input    D /* synthesis .ispad=1 */;
      ILDXI_1 ili1(.Q(Q), .D(D), .G(~G), .GE(GE));
endmodule
module OFD_1 (Q, C, D)  /* synthesis xc_padmacro=1 */;
    output   Q /* synthesis .ispad=1 */;
    input    C, D;
      OFDX of1(.Q(Q), .C(~C), .CE(1'b1), .D(D));
endmodule
module OFDT_1 (O, C, D, T)    /* synthesis xc_padmacro=1 */;
    output   O /* synthesis .ispad=1 */;
    input    C, D, T;
      OFDTX of1 (.O(O), .C(~C), .CE(1'b1), .D(D), .T(T));
endmodule
module OFDTX_F (O, CE, C, D, T)     /* synthesis xc_padmacro=1 */;
    output   O /* synthesis .ispad=1 */;
    input    C, D, CE, T;
      OFDTX of1 (.O(O), .C(C), .CE(CE), .D(D), .T(T))  /* synthesis xc_props="FAST"*/ ;
endmodule
module OFDTX_1 (O, C, CE, D, T)     /* synthesis xc_padmacro=1 */;
    output   O /* synthesis .ispad=1 */;
    input    C, CE, D, T;
      OFDTX of1 (.O(O), .C(~C), .CE(CE), .D(D), .T(T));
endmodule
module OFDTXI_F (O, CE, C, D, T)    /* synthesis xc_padmacro=1 */;
    output   O /* synthesis .ispad=1 */;
    input    C, D, CE, T;
      OFDTXI ofi1 (.O(O), .C(C), .CE(CE), .D(D), .T(T)) /* synthesis xc_props="FAST"*/;
endmodule
module OFDTXI_1 (O, C, CE, D, T)    /* synthesis xc_padmacro=1 */;
    output   O /* synthesis .ispad=1 */;
    input    C, CE, D, T;
      OFDTXI ofi1 (.O(O), .C(~C), .CE(CE), .D(D), .T(T));
endmodule
module OFDX_F (Q, CE, C, D)   /* synthesis xc_padmacro=1 */;
    output   Q /* synthesis .ispad=1 */;
    input    C, D, CE;
      OFDX of1(.Q(Q), .CE(CE), .C(C), .D(D)) /* synthesis xc_props="FAST"*/;
endmodule
module OFDX_1 (Q, CE, C, D)   /* synthesis xc_padmacro=1 */;
    output   Q /* synthesis .ispad=1 */;
    input    C, D, CE;
      OFDX of1(.Q(Q), .CE(CE), .C(~C), .D(D));
endmodule
module OFDXI_F (Q, CE, C, D)  /* synthesis xc_padmacro=1 */;
    output   Q /* synthesis .ispad=1 */;
    input    C, D, CE ;
      OFDXI ofi1(.Q(Q), .CE(CE), .C(C), .D(D)) /* synthesis xc_props="FAST"*/;
endmodule
module OFDXI_1 (Q, CE, C, D)  /* synthesis xc_padmacro=1 */;
    output   Q /* synthesis .ispad=1 */;
    input    C, D, CE ;
      OFDXI ofi1(.Q(Q), .CE(CE), .C(~C), .D(D));
endmodule
module RAM16X1S (O,A3,A2,A1,A0,D,WE,WCLK ); // synthesis syn_black_box
input D,A3,A2,A1,A0,WE,WCLK;
output O;
endmodule
module RAM32X1S (O,A4,A3,A2,A1,A0,D,WE,WCLK ); // synthesis syn_black_box
input D,A4,A3,A2,A1,A0,WE,WCLK;
output O;
endmodule